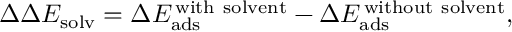
\Delta \Delta E _ { \mathrm { s o l v } } = \Delta E _ { \mathrm { a d s } } ^ { \mathrm { \, w i t h \ s o l v e n t } } - \Delta E _ { \mathrm { a d s } } ^ { \mathrm { \, w i t h o u t \ s o l v e n t } } ,